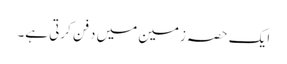
ایک حصہ زمین میں دفن کرتی ہے۔